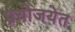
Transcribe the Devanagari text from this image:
प्रयोजयेत